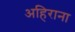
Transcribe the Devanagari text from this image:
अहिराना